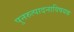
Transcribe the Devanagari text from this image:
पुनरुत्पादनाविषयक